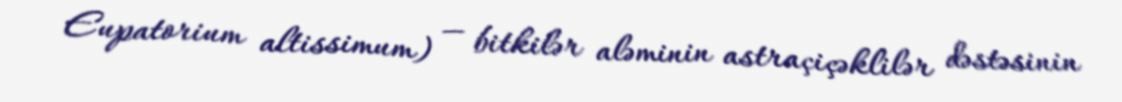
Eupatorium altissimum) — bitkilər aləminin astraçiçəklilər dəstəsinin